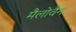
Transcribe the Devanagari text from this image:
मैलोवैन